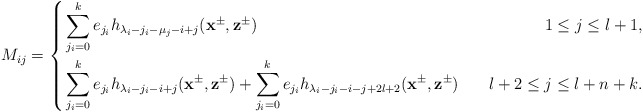
\begin{align*}M_{ij}=\left\{\begin{aligned}&\sum^k_{j_i=0}e_{j_i}h_{\lambda_i-j_i-\mu_j-i+j}(\mathbf{x}^{\pm},\mathbf{z}^{\pm})~~&~~1\leq j\leq l+1,\\&\sum^k_{j_i=0}e_{j_i}h_{\lambda_i-j_i-i+j}(\mathbf{x}^{\pm},\mathbf{z}^{\pm})+\sum^k_{j_i=0}e_{j_i}h_{\lambda_i-j_i-i-j+2l+2}(\mathbf{x}^{\pm},\mathbf{z}^{\pm})~&~~l+2\leq j\leq l+n+k.\end{aligned}\right.\end{align*}